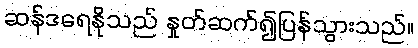
ဆန်ဒရေနိုသည် နှုတ်ဆက်၍ပြန်သွားသည်။